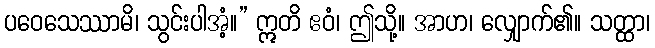
ပဝေသေဿာမိ၊ သွင်းပါအံ့။” ဣတိ ဧဝံ၊ ဤသို့။ အာဟ၊ လျှောက်၏။ သတ္ထာ၊